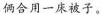
俩合用一床被子。